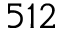
5 1 2